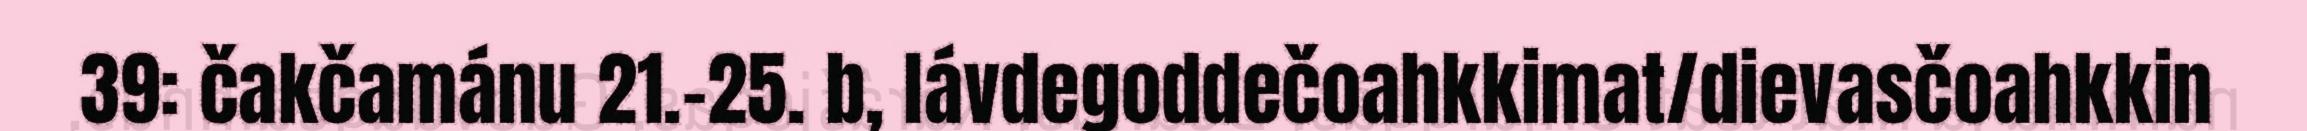
39: čakčamánu 21.-25. b, lávdegoddečoahkkimat/dievasčoahkkin